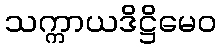
သက္ကာယဒိဋ္ဌိမေဝ